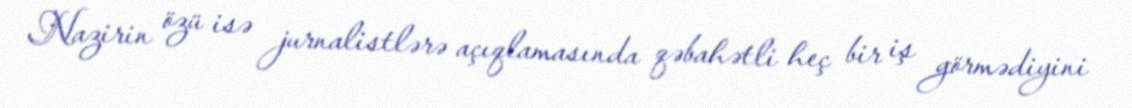
Nazirin özü isə jurnalistlərə açıqlamasında qəbahətli heç bir iş görmədiyini